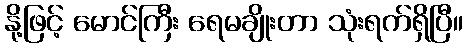
နို့ဖြင့် မောင်ကြီး ရေမချိုးတာ သုံးရက်ရှိပြီ။